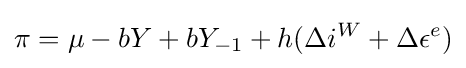
\pi =\mu -bY+bY_{-1}+h(\Delta i^{W}+\Delta \epsilon ^{e})